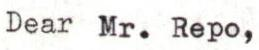
Dear Mr. Repo,